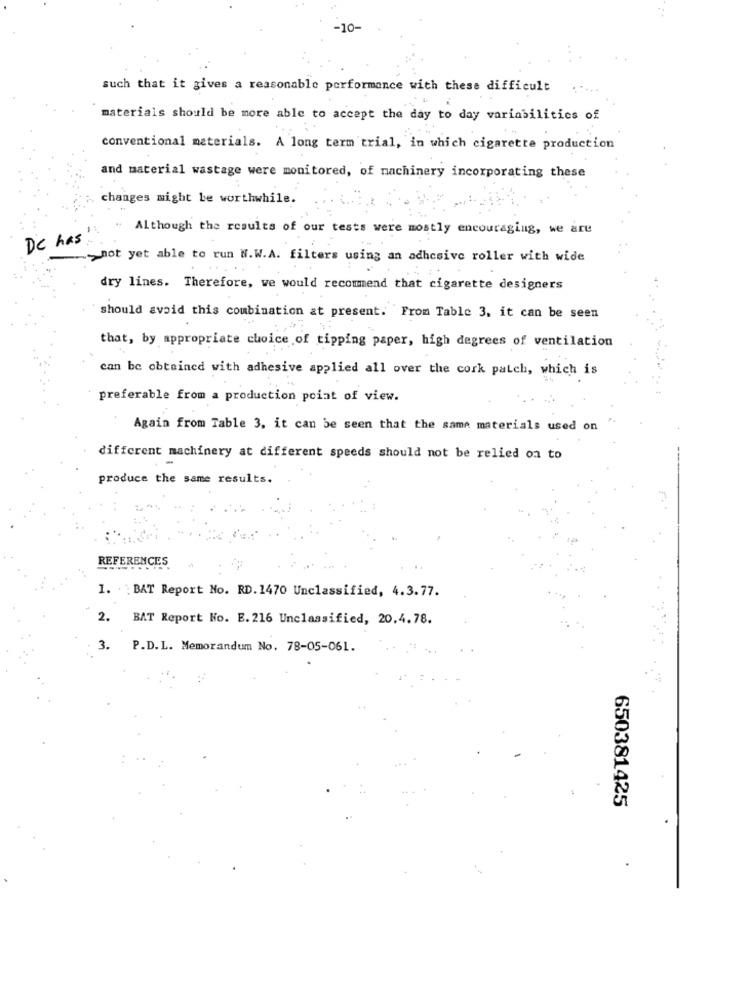
-10-
such that it gives a reasonable performance with these difficult
materials should be more able to accept the day to day variabilitics of
conventional materials. A long term trial, in which cigarette production
and material wastage were monitored, of machinery incorporating these
changes might be worthwhile.
Although the results of our tests were mostly encouraging, we are
De has
not yet able to run N.W.A. filters using an adhesive roller with wide
dry lines. Therefore, we would recommend that cigarette designers
should avoid this combination at present. From Table 3, it can be seen
that, by appropriate choice of tipping paper, high degrees of ventilation
can be obtained with adhesive applied all over the cork patch, which is
preferable from a production point of view.
Again from Table 3, it can be seen that the same materials used on
different machinery at different speeds should not be relied on to
produce the same results.
REFERENCES
1. BAT Report No. RD. 1470 Unclassified, 4.3.77.
2.
BAT Report No. E. 216 Unclassified, 20.4.78.
3.
P.D.L. Memorandum No. 78-05-061.
650381425